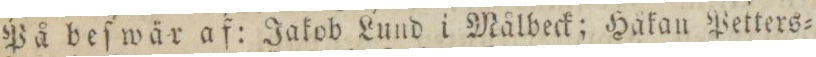
På beſwär af: Jakob Lund i Målbeck; Håkan Petters=